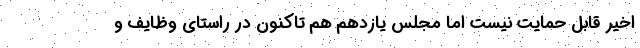
اخیر قابل حمایت نیست اما مجلس یازدهم هم تاکنون در راستای وظایف و